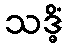
သဒ္ဓိံ